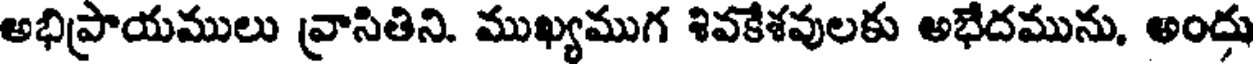
అభిప్రాయములు వ్రాసితిని. ముఖ్యముగ శివకేశవులకు అభేదమును, అందు